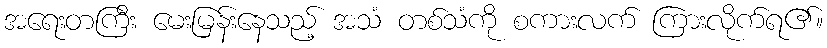
အရေးတကြီး မေးမြန်းနေသည့် အသံ တစ်သံကို စကားလက် ကြားလိုက်ရ၏။